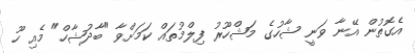
އެގޮތުން އޭނާ ވަނީ ޝާހުގެ މަޝްހޫރު ފިލްމުތައް ކަމަށްވާ "ބާދުޝާހް" މެއި ހޫ